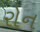
રોન